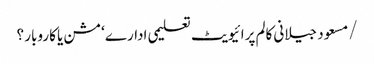
/مسعود جیلانی	کالم	پرائیویٹ تعلیمی ادارے‘مشن یا کاروبار ؟